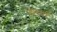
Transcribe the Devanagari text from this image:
गेमपार्ट